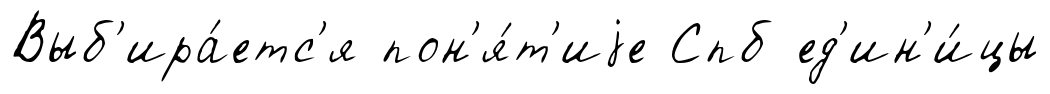
Выб'ира́етс'я пон'я́т'иjе Спб ед'ин'и́цы